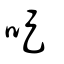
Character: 哫